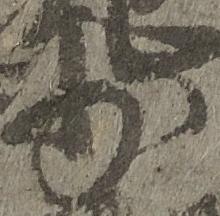
少